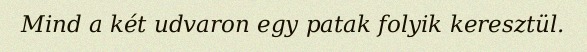
Mind a két udvaron egy patak folyik keresztül.